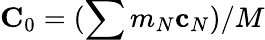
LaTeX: {\mathbf C}_{0}=(\sum m_{N}{\mathbf c}_{N})/M